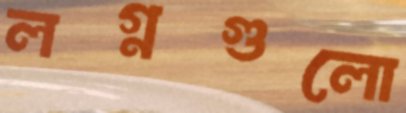
লগ্নগুলো